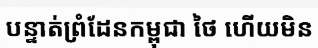
បន្ទាត់ព្រំដែនកម្ពុជា ថៃ ហើយមិន